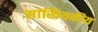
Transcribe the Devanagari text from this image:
सांखियकीय